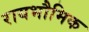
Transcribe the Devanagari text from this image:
रायभौमिक